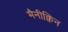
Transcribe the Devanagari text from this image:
मैनीक्विन